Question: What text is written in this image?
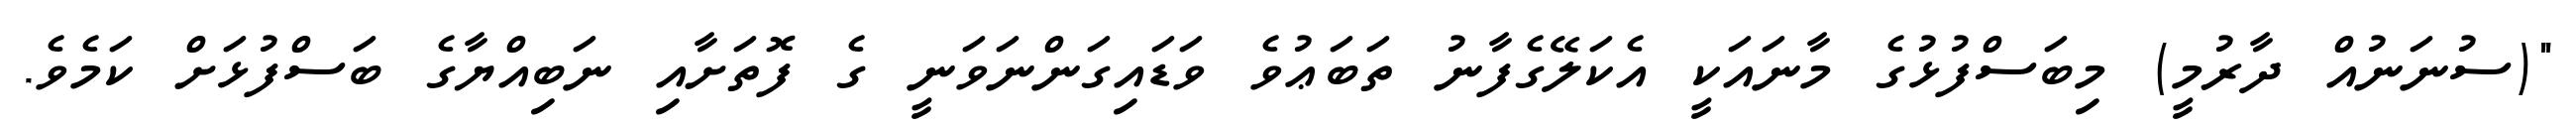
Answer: "(ސުނަނުއް ދާރުމީ) މިބަސްފުޅުގެ މާނައަކީ އެކަލޭގެފާނު ތަބަޢުވެ ވަޑައިގަންނަވަނީ ގެ ފޮތަށާއި ނަބިއްޔާގެ ބަސްފުޅަށް ކަމެވެ.